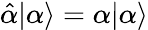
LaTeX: {\hat{\alpha}}|\alpha\rangle=\alpha|\alpha\rangle